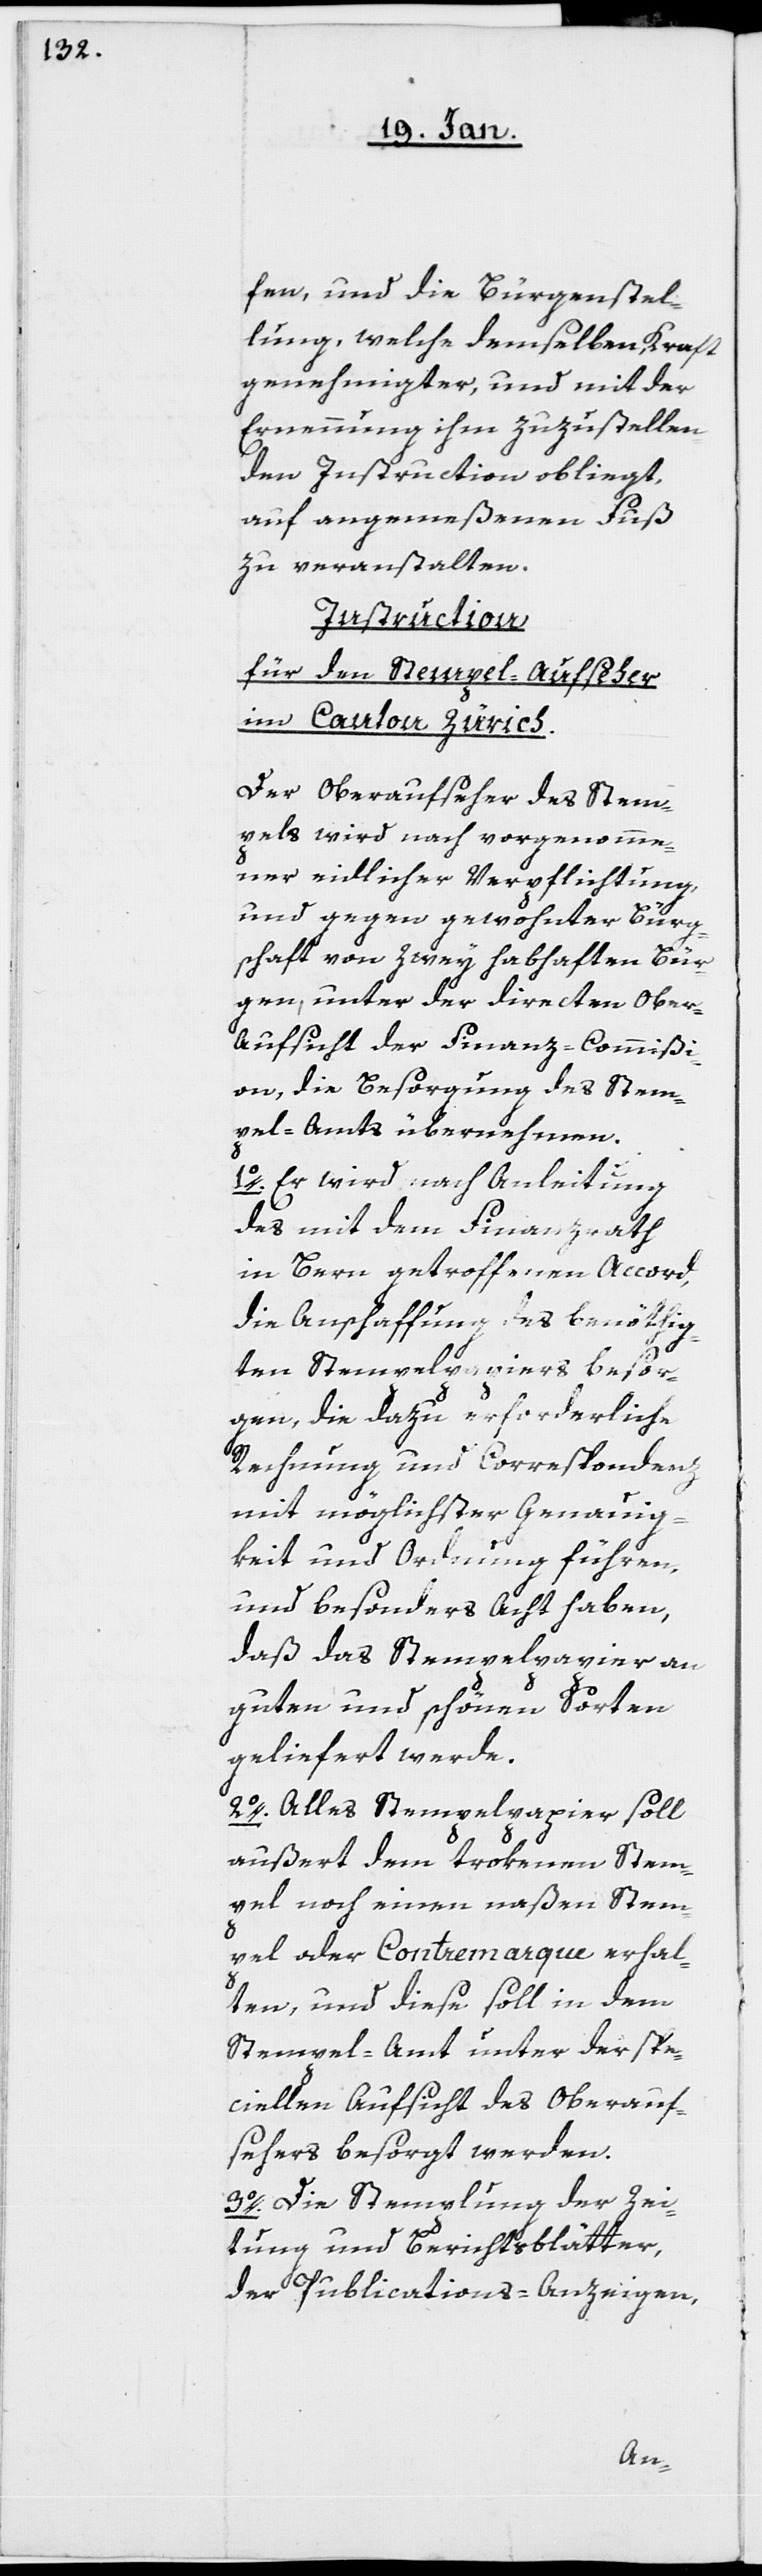
fen, und die Bürgenstel¬
lung, welche demselben, Kraft
genehmigter, und mit der
Ernennung ihm zuzustellen¬
den Instruction obliegt,
auf angemeßenen Fuß
zu veranstalten.
Instruction
für den Stempel-Aufseher
im Canton Zürich.
Der Oberaufseher des Stem¬
pels wird nach vorgenomme¬
ner eidlicher Verpflichtung,
und gegen gewohnter Bürg¬
schaft von zwey habhaften Bür¬
gen, unter der directen Ober-A¬
ufsicht der Finanz-Commißi¬
on, die Besorgung des Stem¬
pel-Amts übernehmen.
1o. Er wird nach Anleitung
des mit dem Finanzrath
in Bern getroffenen Accord,
die Anschaffung des benöthig¬
ten Stempelpapiers besor¬
gen, die dazu erforderliche
Rechnung und Correspondenz
mit möglichster Genauig¬
keit und Ordnung führen,
und besonders Acht haben,
daß das Stempelpapier an
guten und schönen Sorten
geliefert werde.
2o. Alles Stempelpapier soll
außert dem trokenen Stem¬
pel noch einen naßen Stem¬
pel oder Contremarque erhal¬
ten, und diese soll in dem
Stempel-Amt unter der spe¬
ciellen Aufsicht des Oberauf¬
sehers besorgt werden.
3o. Die Stemplung der Zei¬
tung und Berichtsblätter,
der Publications-Anzeigen,